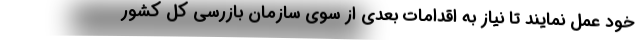
خود عمل نمایند تا نیاز به اقدامات بعدی از سوی سازمان بازرسی کل کشور